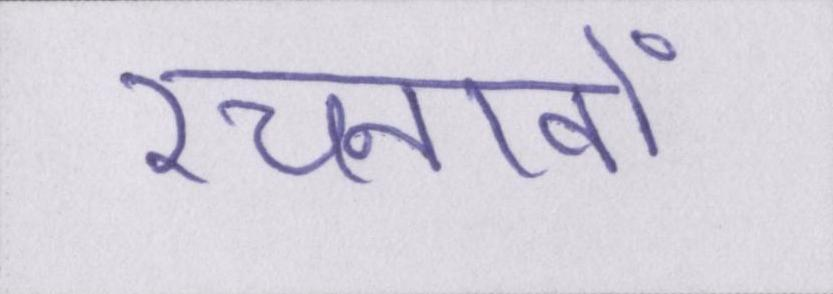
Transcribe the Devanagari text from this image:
रचनावों